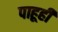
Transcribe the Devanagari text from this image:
पाहूही